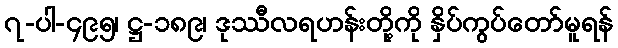
၇-ပါ-၄၉၅၊ ဋ္ဌ-၁၈၉၊ ဒုဿီလရဟန်းတို့ကို နှိပ်ကွပ်တော်မူရန်